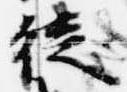
徒